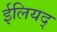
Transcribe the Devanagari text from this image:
ईलियद्